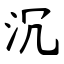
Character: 沉